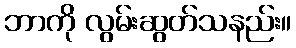
ဘာကို လွမ်းဆွတ်သနည်း။